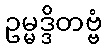
ဥမ္မဒ္ဒိတဗ္ဗံ